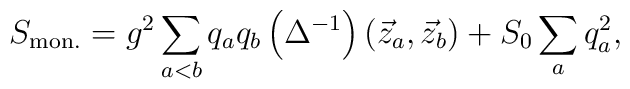
S_{\rm mon.}=g^2\sum\limits_{a<b}^{}q_aq_b\left(\Delta^{-1}\right)\left(\vec z_a, \vec z_b\right)+S_0\sum\limits_{a}^{}q_a^2,